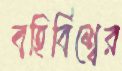
বহির্বিশ্বের